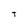
Character: t